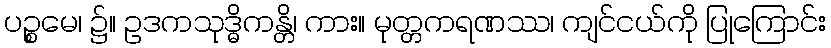
ပဉ္စမေ၊ ၌။ ဥဒကသုဒ္ဓိကန္တိ၊ ကား။ မုတ္တကရဏဿ၊ ကျင်ငယ်ကို ပြုကြောင်း